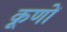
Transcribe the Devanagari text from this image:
कूणों